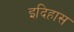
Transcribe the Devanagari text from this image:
इदिहास